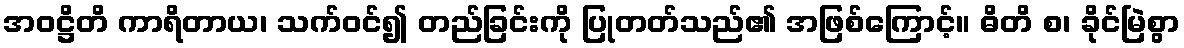
အဝဋ္ဌိတိ ကာရိတာယ၊ သက်ဝင်၍ တည်ခြင်းကို ပြုတတ်သည်၏ အဖြစ်ကြောင့်။ ဓိတိ စ၊ ခိုင်မြဲစွာ